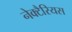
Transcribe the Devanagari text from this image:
नेक्टैरियस